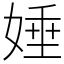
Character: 娷